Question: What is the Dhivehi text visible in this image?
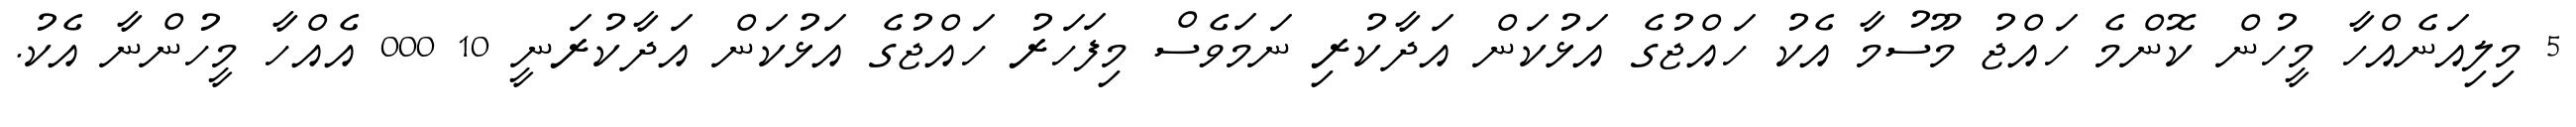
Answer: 5 މިލިއަނެއްހާ މީހުން ކޮންމެ ހައްޖު މޫސުމާ އެކު ހައްޖުގެ އަޅުކަން އަދާކުރި ނަމަވެސް މިފަހަރު ހައްޖުގެ އަޅުކަން އަދާކުރަނީ 10 000 އެއްހާ މީހުންނާ އެކު.